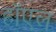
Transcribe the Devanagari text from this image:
हॉएल